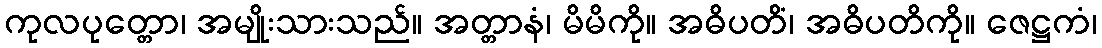
ကုလပုတ္တော၊ အမျိုးသားသည်။ အတ္တာနံ၊ မိမိကို။ အဓိပတိံ၊ အဓိပတိကို။ ဇေဋ္ဌကံ၊